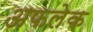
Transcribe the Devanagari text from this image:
अफलेक